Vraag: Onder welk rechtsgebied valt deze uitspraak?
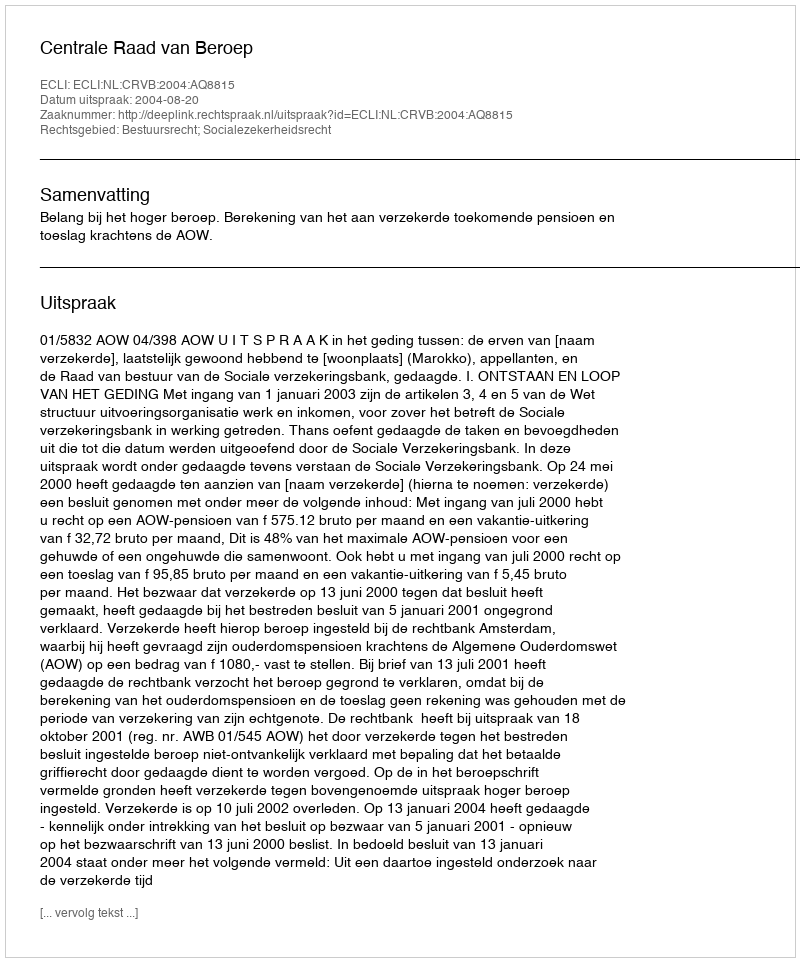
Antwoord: Bestuursrecht; Socialezekerheidsrecht